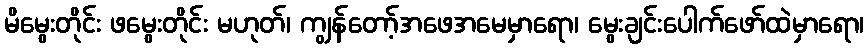
မိမွေးတိုင်း ဖမွေးတိုင်း မဟုတ်၊ ကျွန်တော့်အဖေအမေမှာရော၊ မွေးချင်းပေါက်ဖော်ထဲမှာရော၊